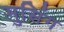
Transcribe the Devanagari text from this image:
मुसिंग